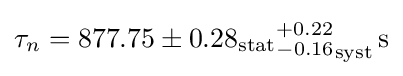
\tau _{n}=877.75\pm 0.28_{\mathrm {stat} }{^{+0.22}_{-0.16}}_{\mathrm {syst} }\,{\mathrm {s} }